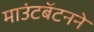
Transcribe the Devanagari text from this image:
माउंटबॅटनने